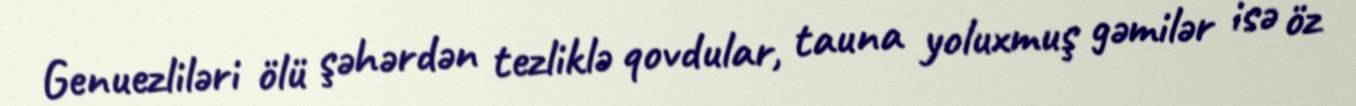
Genuezliləri ölü şəhərdən tezliklə qovdular, tauna yoluxmuş gəmilər isə öz